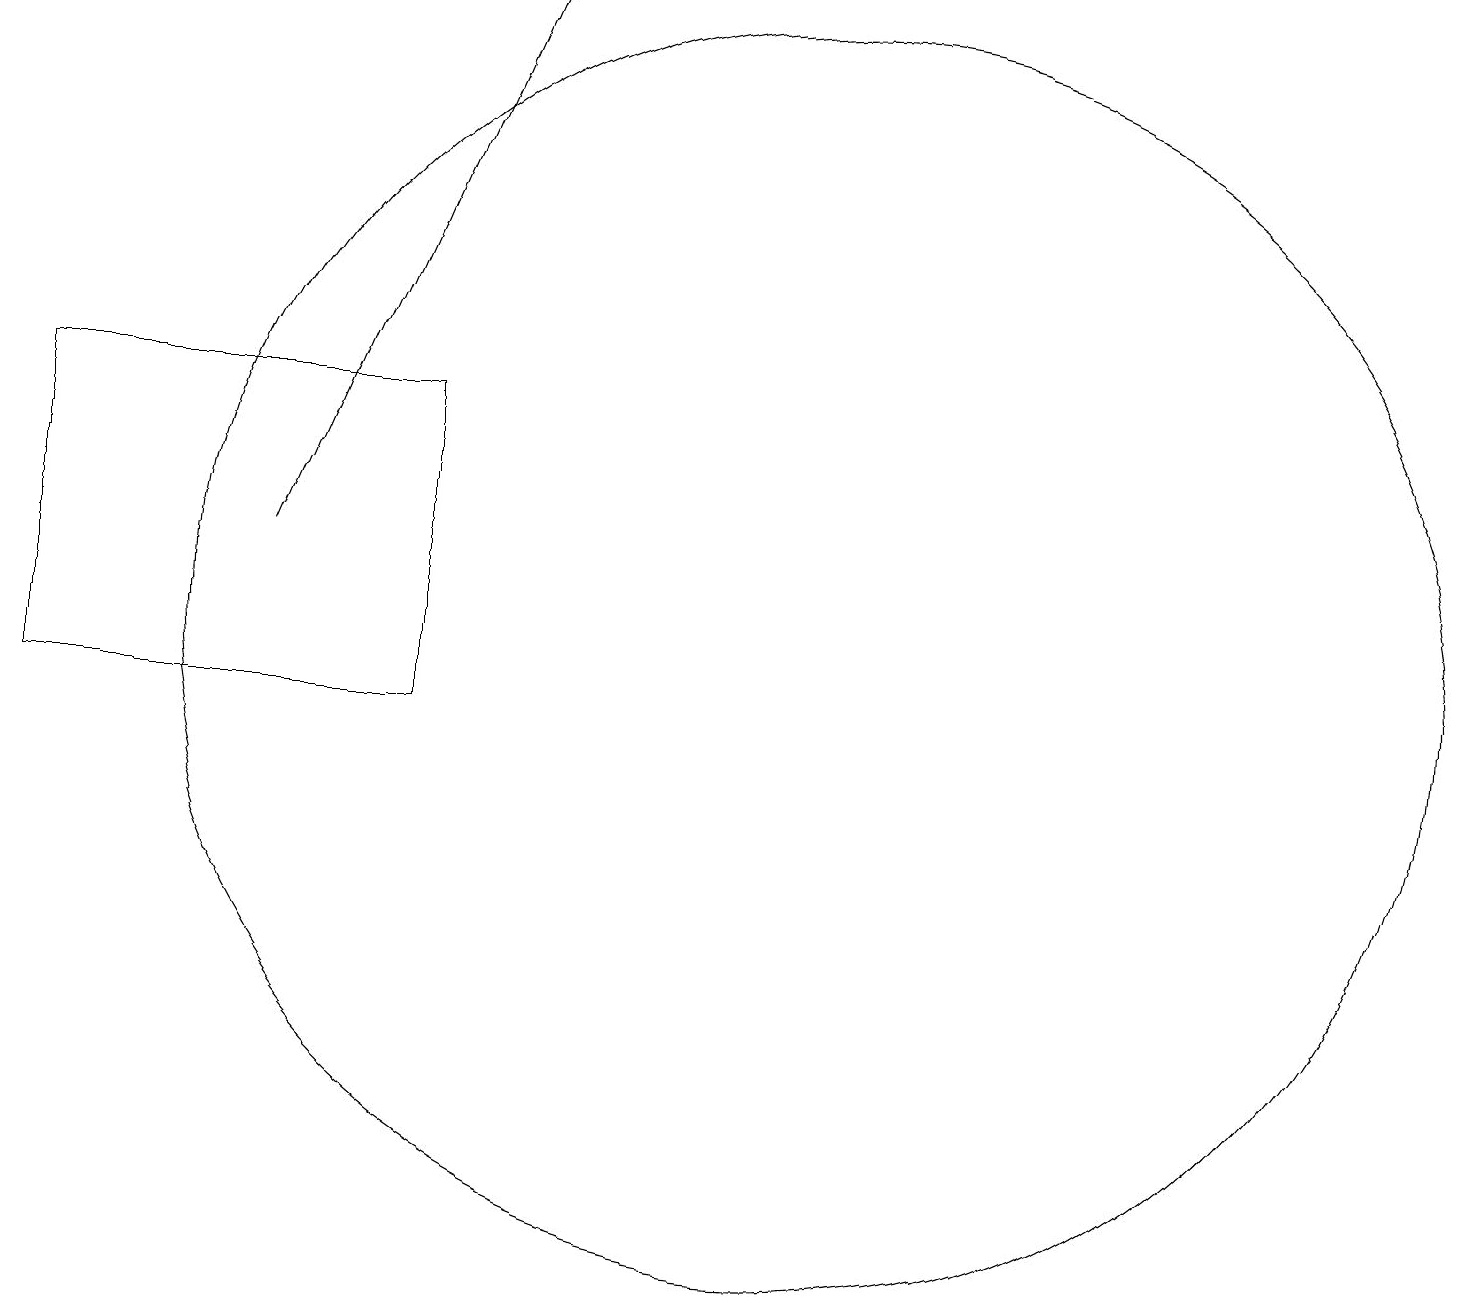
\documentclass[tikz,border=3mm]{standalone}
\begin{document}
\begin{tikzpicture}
\draw (6,14) rectangle (1,10);
\draw (11,11) circle (8);
\draw[->] (4,12) -- (7,19);
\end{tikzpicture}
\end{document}